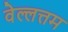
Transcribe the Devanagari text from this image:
वेल्लत्तम